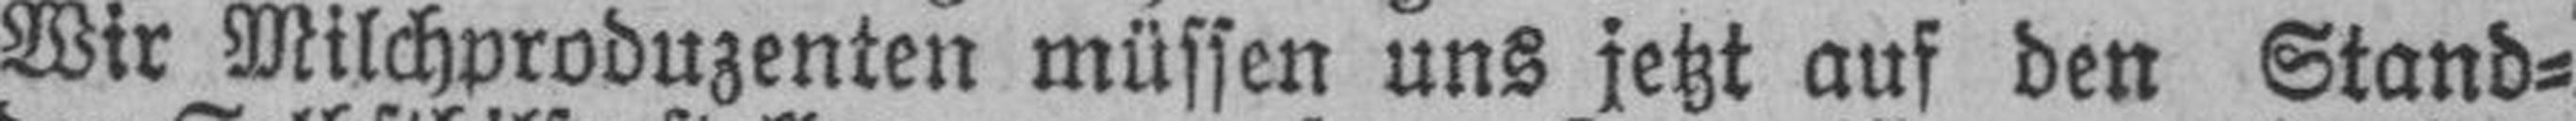
Wir Milchproduzenten müssen uns jetzt auf den Stand¬